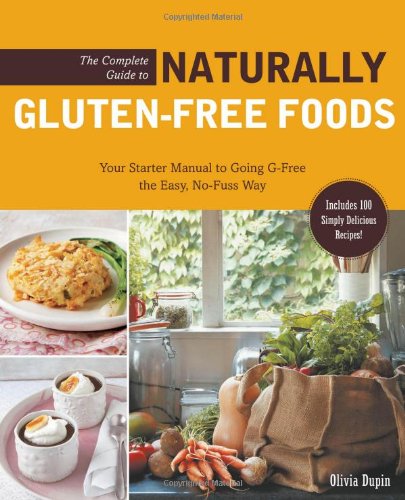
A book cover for The Complete Guide to Naturally Gluten-Free Foods: Your Starter Manual to Going G-Free the Easy, No-Fuss Way-Includes 100 Simply Delicious Recipes!; Olivia Dupin; Cookbooks, Food & Wine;